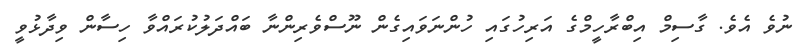
ނުވެ އެވެ. ގާސިމް އިބްރާހީމްގެ އަރިހުގައި ހުންނަވައިގެން ނޫސްވެރިންނާ ބައްދަލުކުރައްވާ ހިސާން ވިދާޅުވީ